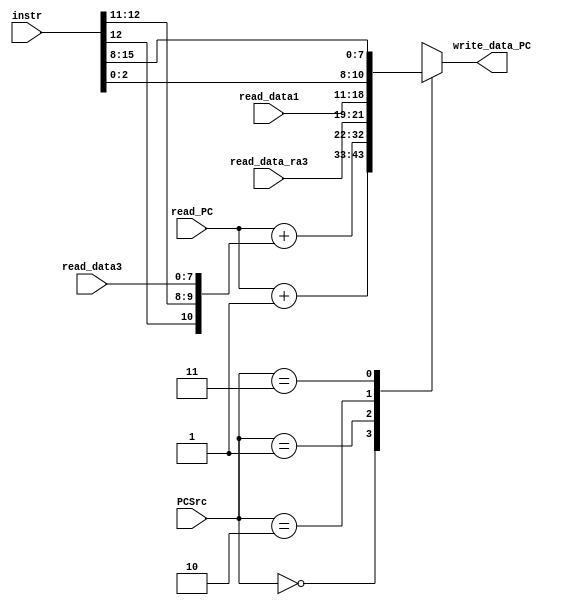
module mux_PC (input [10:0] read_PC,input [15:0] instr, input [7:0] read_data1, input [7:0] read_data3, 
	input [2:0] read_data_ra3,  output [10:0] write_data_PC, input [1:0] PCSrc); 
	
	wire [1:0] PCSrc; //control line
	wire [10:0] read_PC;
	wire [15:0] instr;
	wire [7:0] read_data1;
	wire [7:0] read_data3;
	wire [2:0] read_data_ra3;
	
	reg  [10:0] write_data_PC;   //output what gets written to the PC 
	reg signed [10:0] beq_concat ;
	reg [10:0] jrra_concat ;
	reg [10:0] jal_concat ;

	always @ (*) begin
		beq_concat [10:0] = {instr[12], instr [12:11], read_data3 [7:0]};
		jrra_concat [10:0] = { read_data_ra3 [2:0],  read_data1 [7:0]};
		jal_concat [10:0] = { instr [2:0],  instr [15:8]};
	end

	always @ (*) begin
		case (PCSrc [1:0])
			2'b00:  begin
				write_data_PC [10:0] <= (read_PC [10:0] + 1'b1);          //PC+1
				end
			2'b01:  begin 
				 write_data_PC [10:0] <= (read_PC [10:0]+ beq_concat [10:0]);     //beq
			     end
			2'b10:  begin
			 	 write_data_PC [10:0] <= jrra_concat [10:0];        //jrra
				 end
			2'b11:  begin
				write_data_PC [10:0] <= jal_concat [10:0];          //jal
				end
			endcase
		end






endmodule